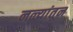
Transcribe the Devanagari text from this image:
नळ्यांतून